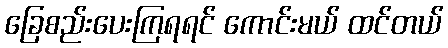
ခြေစည်းပေးကြရရင် ကောင်းမယ် ထင်တယ်